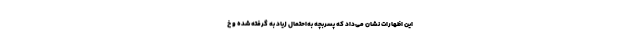
این اظهارات نشان می‌داد که پسربچه به‌احتمال زیاد به گرفته شده و خ